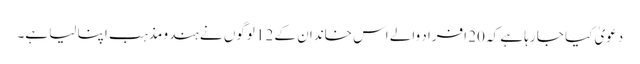
دعویٰ کیا جا رہا ہے کہ 20 افراد والے اس خاندان کے 12 لوگوں نے ہندو مذہب اپنا لیا ہے۔